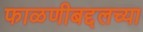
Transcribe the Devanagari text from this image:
फाळणीबद्दलच्या